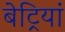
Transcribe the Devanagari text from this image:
बेट्रियां